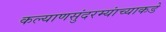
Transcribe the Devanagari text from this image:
कल्याणसुंदरम्यांच्याकडे